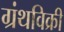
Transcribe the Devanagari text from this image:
ग्रंथविक्री